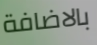
بالاضافة